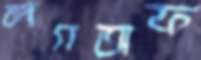
লগঅফ